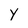
Character: Y